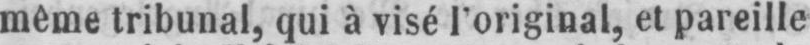
même tribunal, qui à visé l’original, et pareille